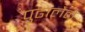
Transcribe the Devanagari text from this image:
पुढालेले